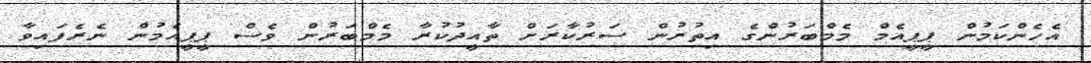
އެހެންކަމުން ޕީޕީއެމް މެމްބަރުންގެ އިތުރުން ސަރުކާރަށް ތާއީދުކުރާ މެމްބަރުން ވެސް ޕީޕީއެމުން ނެރެފައިވާ